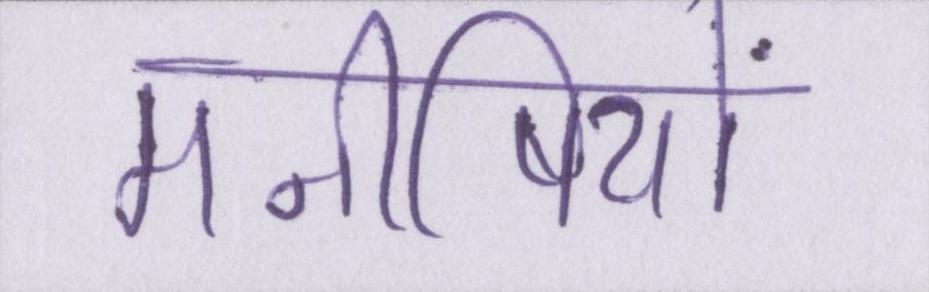
मनीषियों